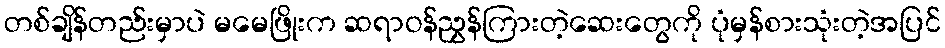
တစ်ချိန်တည်းမှာပဲ မမေဖြိုးက ဆရာဝန်ညွှန်ကြားတဲ့ဆေးတွေကို ပုံမှန်စားသုံးတဲ့အပြင်